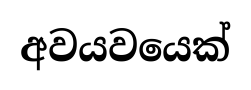
අවයවයෙක්